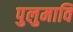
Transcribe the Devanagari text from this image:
पुलुमावि